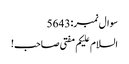
سوال نمبر:5643
السلام علیکم مفتی صاحب!